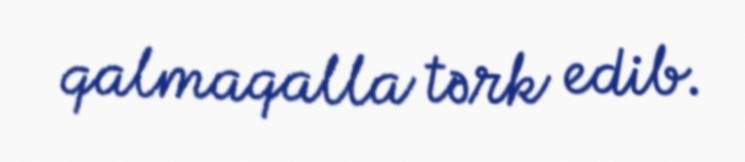
qalmaqalla tərk edib.